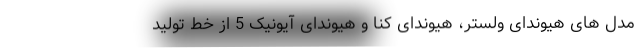
مدل های هیوندای ولستر، هیوندای کُنا و هیوندای آیونیک 5 از خط تولید